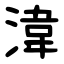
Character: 湋